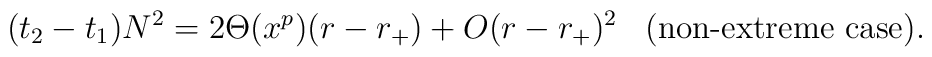
(t_2 -t_1)N^2 = 2\Theta(x^p)(r-r_+) + O(r-r_+)^2\;\;\;\mbox{(non-extreme case)}.